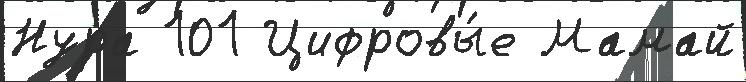
Нура 101 Цифровы́е Мамай